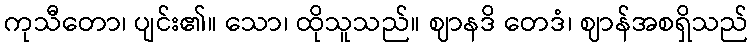
ကုသီတော၊ ပျင်း၏။ သော၊ ထိုသူသည်။ ဈာနဒိ တေဒံ၊ ဈာန်အစရှိသည်